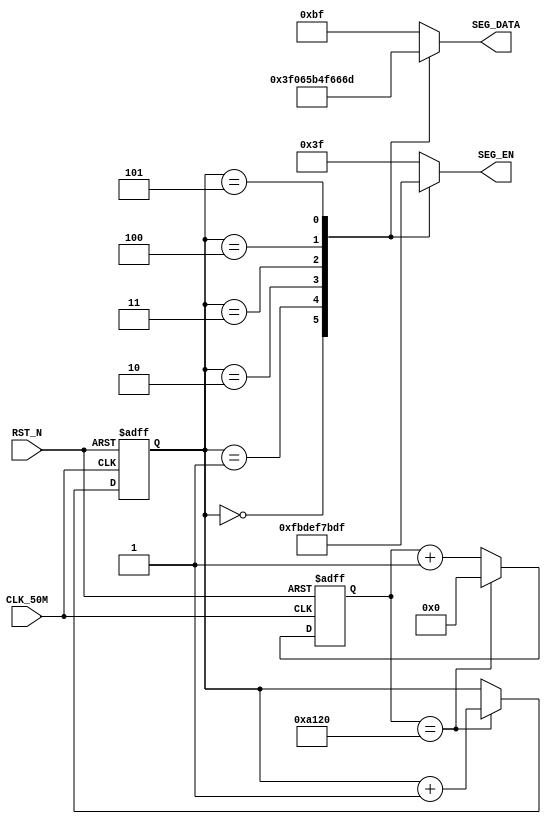
module A4_Segled2
(	
	//输入端口 
	CLK_50M,RST_N,
	//输出端口
	SEG_DATA,SEG_EN
);
	
//---------------------------------------------------------------------------
//--	外部端口声明
//---------------------------------------------------------------------------
input 					CLK_50M;				//时钟的端口,开发板用的50M晶振
input						RST_N;				//复位的端口,低电平复位
output reg 	[ 5:0] 	SEG_EN;				//数码管使能端口
output reg 	[ 7:0] 	SEG_DATA;			//数码管数据端口(查看管脚分配文档或者原理图)

//---------------------------------------------------------------------------
//--	内部端口声明
//---------------------------------------------------------------------------
reg			[15:0]	time_cnt;			//用来控制数码管闪烁频率的定时计数器
reg			[15:0]	time_cnt_n;			//time_cnt的下一个状态
reg			[ 2:0]	led_cnt;				//用来控制数码管亮灭及显示数据的显示计数器
reg			[ 2:0]	led_cnt_n;			//led_cnt的下一个状态

//设置定时器的时间为10ms,计算方法为  (10*10^3)us / (1/50)us  50MHz为开发板晶振
parameter SET_TIME_10MS = 16'd500_000;		

//---------------------------------------------------------------------------
//--	逻辑功能实现	
//---------------------------------------------------------------------------
//时序电路,用来给time_cnt寄存器赋值
always @ (posedge CLK_50M or negedge RST_N)  
begin
	if(!RST_N)									//判断复位
		time_cnt <= 16'h0;					//初始化time_cnt值
	else
		time_cnt <= time_cnt_n;				//用来给time_cnt赋值
end

//组合电路,实现10ms的定时计数器
always @ (*)  
begin
	if(time_cnt == SET_TIME_10MS)			//判断10ms时间
		time_cnt_n = 16'h0;					//如果到达10ms,定时计数器将会被清零
	else
		time_cnt_n = time_cnt + 27'h1;	//如果未到10ms,定时计数器将会继续累加
end

//时序电路,用来给led_cnt寄存器赋值
always @ (posedge CLK_50M or negedge RST_N)  
begin
	if(!RST_N)									//判断复位
		led_cnt <= 3'h0;						//初始化led_cnt值
	else
		led_cnt <= led_cnt_n;				//用来给led_cnt赋值
end

//组合电路,判断时间，实现控制显示计数器累加
always @ (*)  
begin
	if(time_cnt == SET_TIME_10MS)			//判断10ms时间	
		led_cnt_n = led_cnt + 1'h1;		//如果到达10ms,计数器进行累加
	else
		led_cnt_n = led_cnt;					//如果未到10ms,计数器保持不变
end

//组合电路,实现数码管的数字显示
always @ (*)
begin
	case (led_cnt)  
		3'b000 : SEG_DATA = 8'b00111111;	//当计数器为0时,数码管将会显示 "0"
		3'b001 : SEG_DATA = 8'b00000110;	//当计数器为1时,数码管将会显示 "1"
		3'b010 : SEG_DATA = 8'b01011011;	//当计数器为2时,数码管将会显示 "2"
		3'b011 : SEG_DATA = 8'b01001111;	//当计数器为3时,数码管将会显示 "3"
		3'b100 : SEG_DATA = 8'b01100110;	//当计数器为4时,数码管将会显示 "4"
		3'b101 : SEG_DATA = 8'b01101101;	//当计数器为5时,数码管将会显示 "5"	
		default: SEG_DATA = 8'b10111111;	
	endcase 	
end

//组合电路,控制数码管亮灭
always @ (*)
begin
	case (led_cnt)  
		3'b000 : SEG_EN = 6'b111110;		//当计数器为0时,数码管SEG1显示
		3'b001 : SEG_EN = 6'b111101;		//当计数器为1时,数码管SEG2显示
		3'b010 : SEG_EN = 6'b111011; 		//当计数器为2时,数码管SEG3显示
		3'b011 : SEG_EN = 6'b110111;  	//当计数器为3时,数码管SEG4显示
		3'b100 : SEG_EN = 6'b101111;		//当计数器为4时,数码管SEG5显示
		3'b101 : SEG_EN = 6'b011111;  	//当计数器为5时,数码管SEG6显示		
		default: SEG_EN = 6'b111111;			
	endcase 	
end
endmodule